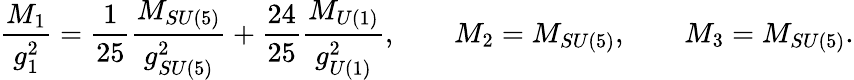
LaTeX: \frac{M_{1}}{g_{1}^{2}}=\frac{1}{25}\frac{M_{SU(5)}}{g_{SU(5)}^{2}}+\frac{24}{25}\frac{M_{U(1)}}{g_{U(1)}^{2}},\qquad M_{2}=M_{SU(5)},\qquad M_{3}=M_{SU(5)}.